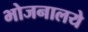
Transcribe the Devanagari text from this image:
भोजनालये